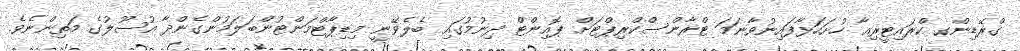
ގްރޭޑިންގ ކްރައިޓީރިއާ ހުށަހަޅާފައިނުވާނަމަ ޓްރާންސްކްރިޕްޓަށް ޕޮއިންޓް ދިނުމުގައި ބެލެވޭނީ މިޑިޕާޓްމަންޓުންބަލަމުންގެންދާ އުސޫލުގެ މަތިންނެވެ.